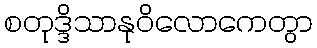
စတုဒ္ဒိသာနုဝိလောကေတွာ